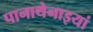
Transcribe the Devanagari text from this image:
पानाथेनाइयां